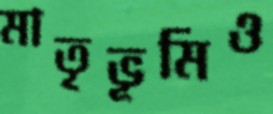
মাতৃভূমিও